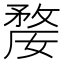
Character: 𭤇